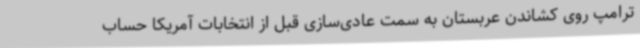
ترامپ روی کشاندن عربستان به سمت عادی‌سازی قبل از انتخابات آمریکا حساب